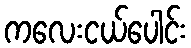
ကလေးငယ်ပေါင်း